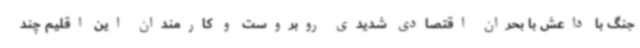
جنگ با داعش با بحران اقتصادی شدیدی روبروست و کارمندان این اقلیم چند